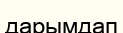
дарымдап